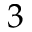
3